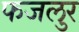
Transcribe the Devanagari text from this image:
फजलुर